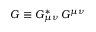
{ \cal G } \equiv G _ { \mu \nu } ^ { \ast } \, G ^ { \mu \nu }